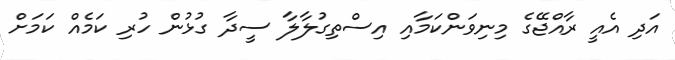
އަދި އެއީ ރާއްޖޭގެ މިނިވަންކަމާއި އިސްތިގުލާލާ ސީދާ ގުޅުން ހުރި ކަމެއް ކަމަށް